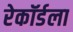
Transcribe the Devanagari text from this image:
रेकॉर्डला